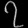
Digit: ၇